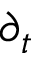
\partial _ { t }